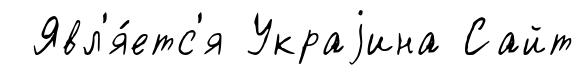
Явл'я́етс'я Украjина Сайт